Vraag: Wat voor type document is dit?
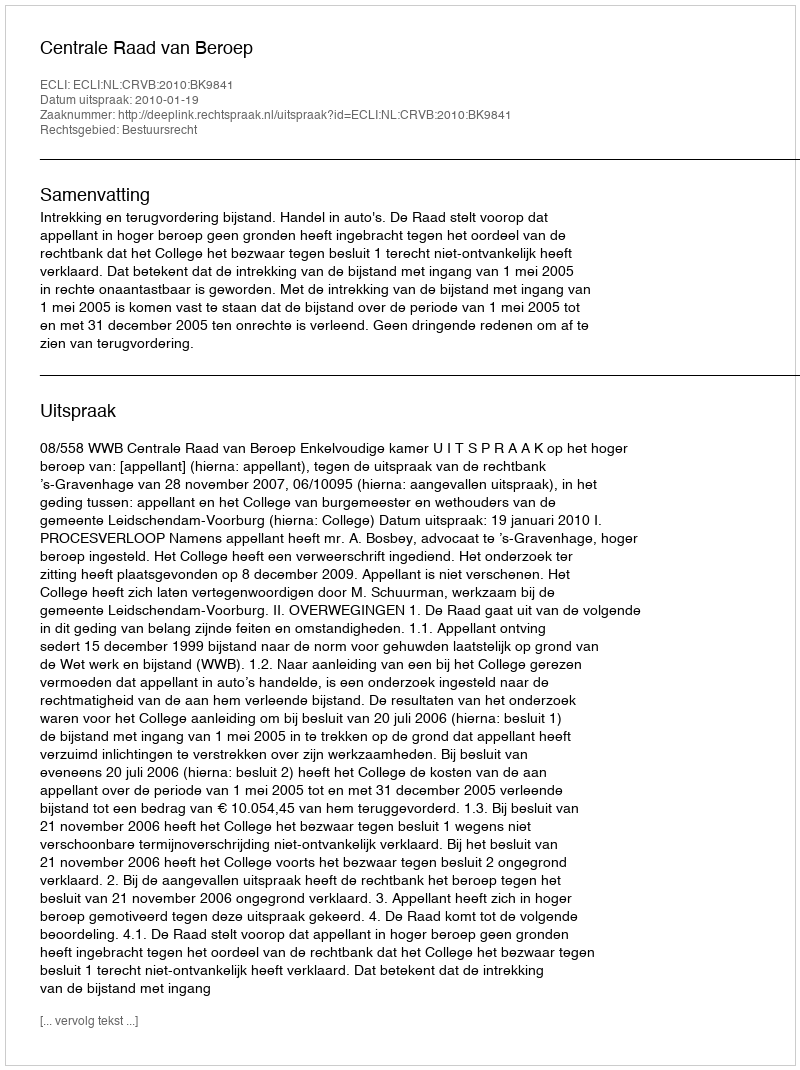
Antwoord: Uitspraak